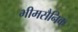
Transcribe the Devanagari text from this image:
भीमसैनिक